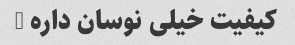
کیفیت خیلی نوسان داره …